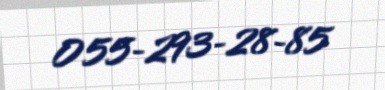
055-293-28-85